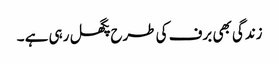
زندگی بھی برف کی طرح پگھل رہی ہے ۔